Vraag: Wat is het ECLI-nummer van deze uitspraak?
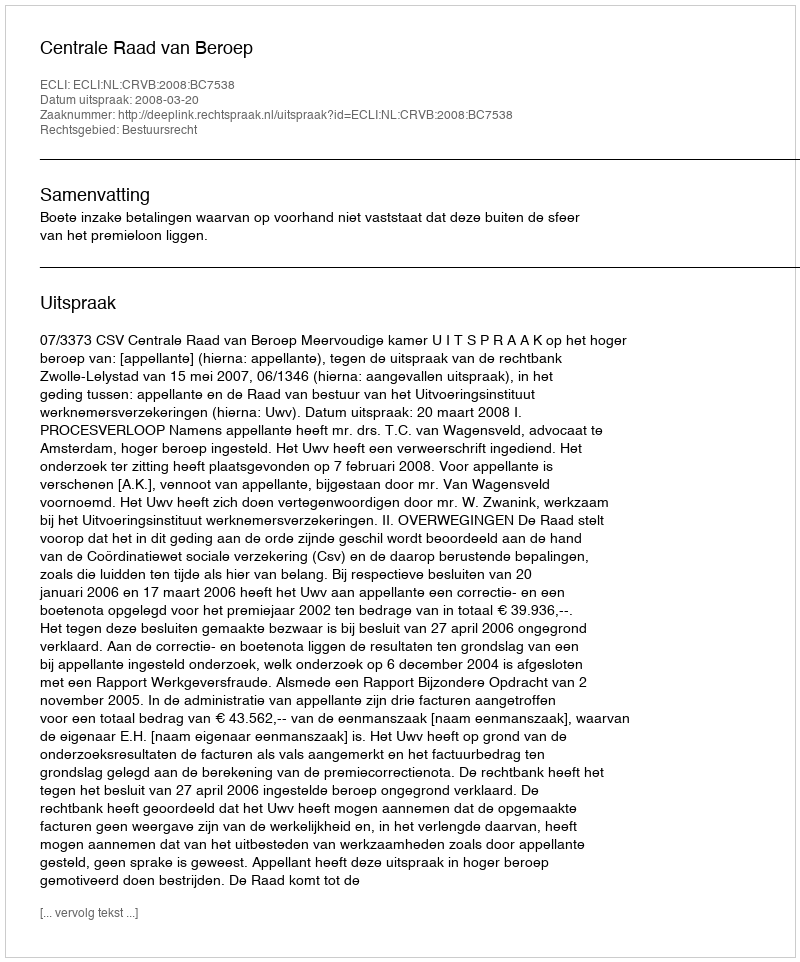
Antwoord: ECLI:NL:CRVB:2008:BC7538